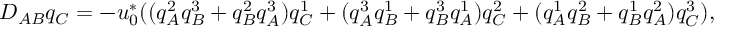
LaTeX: D _ { A B } q _ { C } = - u _ { 0 } ^ { * } ( ( q _ { A } ^ { 2 } q _ { B } ^ { 3 } + q _ { B } ^ { 2 } q _ { A } ^ { 3 } ) q _ { C } ^ { 1 } + ( q _ { A } ^ { 3 } q _ { B } ^ { 1 } + q _ { B } ^ { 3 } q _ { A } ^ { 1 } ) q _ { C } ^ { 2 } + ( q _ { A } ^ { 1 } q _ { B } ^ { 2 } + q _ { B } ^ { 1 } q _ { A } ^ { 2 } ) q _ { C } ^ { 3 } ) ,